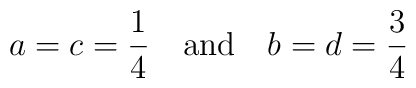
a=c={1\over 4}\quad {\rm and}\quad b=d={3\over 4}